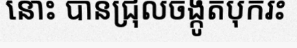
នោះ បានជ្រុលចង្កូតបុករះ